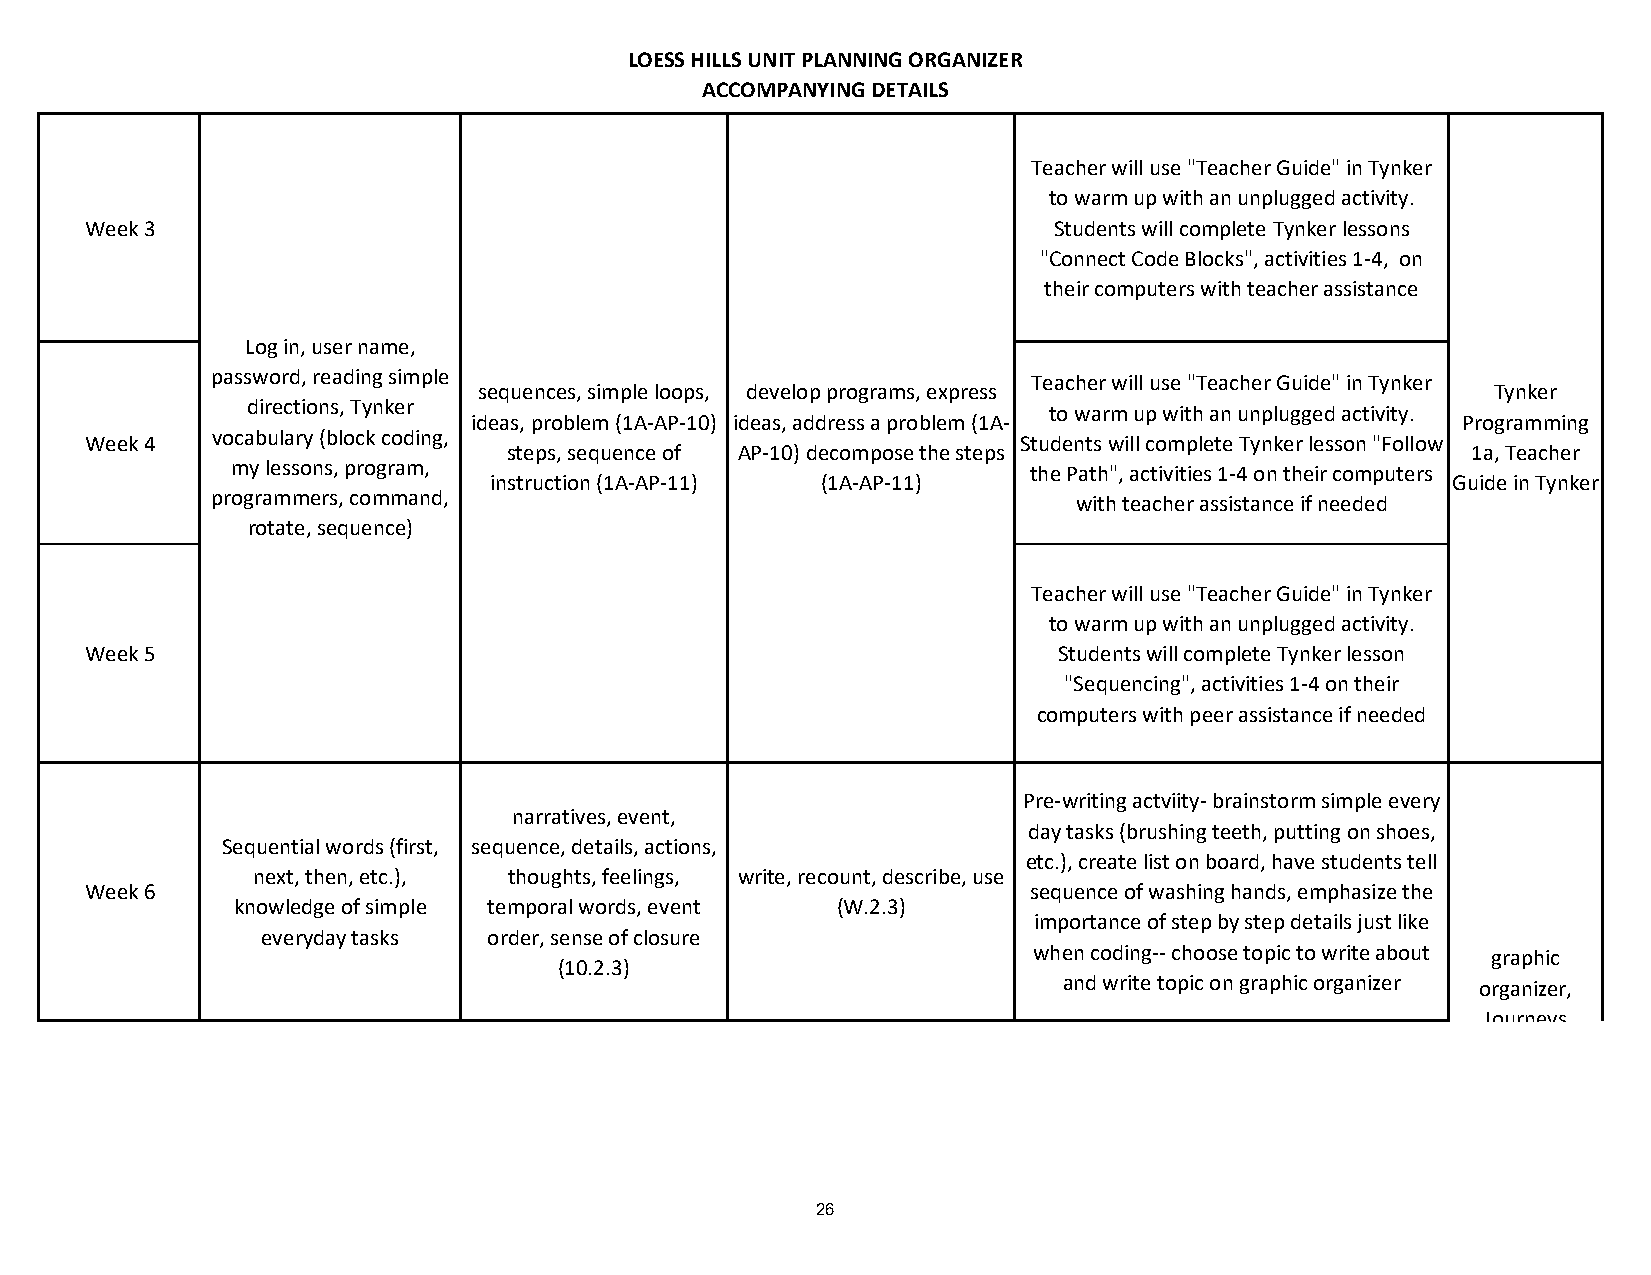
LOESS HILLS UNIT PLANNING ORGANIZER
 ACCOMPANYING DETAILS
 Teacher will use "Teacher Guide" in Tynker
 to warm up with an unplugged activity.
 Week 3                                                          Students will complete Tynker lessons
 "Connect Code Blocks", activities 1-4, on
 their computers with teacher assistance
 Log in, user name,
 password, reading simple                              Teacher will use "Teacher Guide" in Tynker
 sequences, simple loops, develop programs, express                 Tynker
 directions, Tynker                                   to warm up with an unplugged activity.
 ideas, problem (1A-AP-10) ideas, address a problem (1A-           Programming
 Week 4  vocabulary (block coding,                            Students will complete Tynker lesson "Follow
 steps, sequence of AP-10) decompose the steps                  1a, Teacher
 my lessons, program,                                 the Path", activities 1-4 on their computers
 instruction (1A-AP-11) (1A-AP-11)                               Guide in Tynker
 programmers, command,                                    with teacher assistance if needed
 rotate, sequence)
 Teacher will use "Teacher Guide" in Tynker
 to warm up with an unplugged activity.
 Week 5                                                          Students will complete Tynker lesson
 "Sequencing", activities 1-4 on their
 computers with peer assistance if needed
 Pre-writing actviity- brainstorm simple every
 narratives, event,
 day tasks (brushing teeth, putting on shoes,
 Sequential words (first, sequence, details, actions,
 etc.), create list on board, have students tell
 next, then, etc.), thoughts, feelings, write, recount, describe, use
 Week 6                                                        sequence of washing hands, emphasize the
 knowledge of simple temporal words, event (W.2.3)
 importance of step by step details just like
 everyday tasks order, sense of closure
 when coding-- choose topic to write about graphic
 (10.2.3)
 and write topic on graphic organizer organizer,
 Journeys
 materials
 26